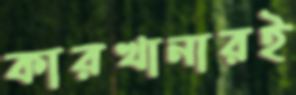
কারখানারই